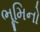
ભૂમિનો